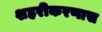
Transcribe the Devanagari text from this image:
शहरीकरणास